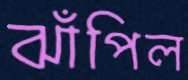
ঝাঁপিল